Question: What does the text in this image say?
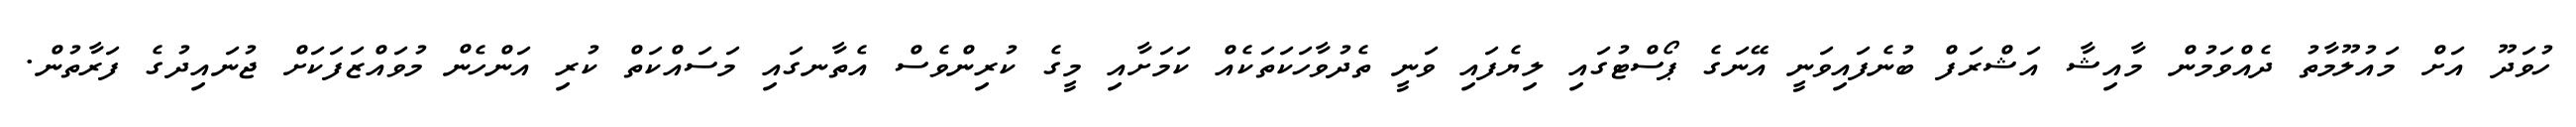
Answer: ހުވަދޫ އަށް މައުލޫމާތު ދެއްވަމުން މާއިޝާ އަޝްރަފް ބުނެފައިވަނީ އޭނަގެ ޕޯސްޓުގައި ލިޔެފައި ވަނީ ތެދުވާހަކަތަކެއް ކަމަށާއި މީގެ ކުރިންވެސް އެތާނގައި މަސައްކަތް ކުރި އަންހެން މުވައްޒަފަކަށް ޖުނައިދުގެ ފަރާތުން.